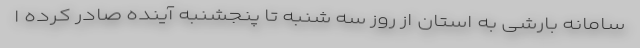
سامانه بارشی به استان از روز سه شنبه تا پنجشنبه آینده صادر کرده ا